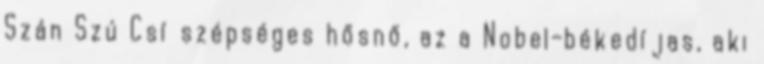
Szán Szú Csí szépséges hősnő, az a Nobel-békedíjas, aki